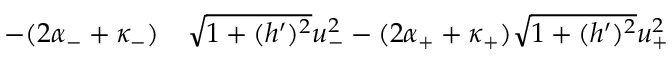
\begin{array} { r l } { - ( 2 \alpha _ { - } + \kappa _ { - } ) } & { { } \sqrt { 1 + ( h ^ { \prime } ) ^ { 2 } } u _ { - } ^ { 2 } - ( 2 \alpha _ { + } + \kappa _ { + } ) \sqrt { 1 + ( h ^ { \prime } ) ^ { 2 } } u _ { + } ^ { 2 } } \end{array}